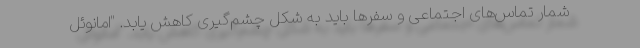
شمار تماس‌های اجتماعی و سفرها باید به شکل چشم‌گیری کاهش یابد. "امانوئل